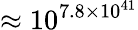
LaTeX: \approx 10^{7.8\times 10^{41}}